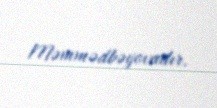
Məmmədbəyovadır.